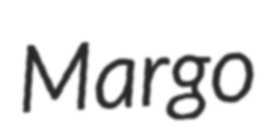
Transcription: Margo